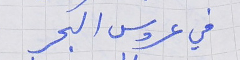
في عروس البحر